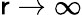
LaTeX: \mathsf{r}\to\infty